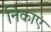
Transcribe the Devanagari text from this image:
निकाएं